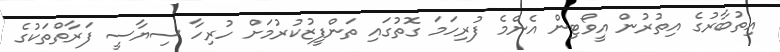
އިތުބާރުގެ އިތުރުން އީވޯޓިން އެންމެ ފުރިހަމަ ގޮތުގައި ތަންފީޒުކުރުމަށް ހުރިހާ ސިޔާސީ ފަރާތްތަކުގެ